Report on the lunatic asylums under the Government of Bombay - 1904-1913
Year: 1904
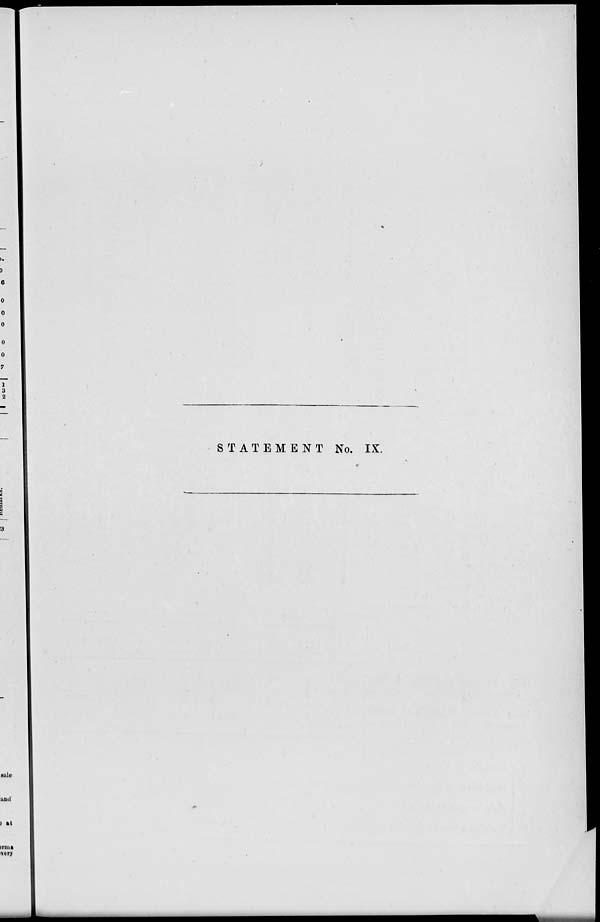
STATEMENT No. IX.